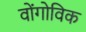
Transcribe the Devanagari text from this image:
वोंगोविक